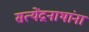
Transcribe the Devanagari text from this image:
सत्येंद्रनाथांना